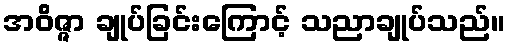
အဝိဇ္ဇာ ချုပ်ခြင်းကြောင့် သညာချုပ်သည်။